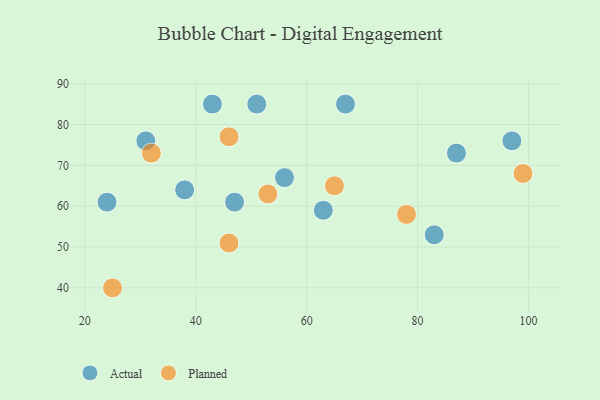
{"axis": {"x": "GDP", "y": "Life Expectancy"}, "legend": ["Actual", "Planned"], "data": [{"x": "38", "y": 64, "type": "Actual"}, {"x": "56", "y": 67, "type": "Actual"}, {"x": "67", "y": 85, "type": "Actual"}, {"x": "51", "y": 85, "type": "Actual"}, {"x": "97", "y": 76, "type": "Actual"}, {"x": "83", "y": 53, "type": "Actual"}, {"x": "87", "y": 73, "type": "Actual"}, {"x": "63", "y": 59, "type": "Actual"}, {"x": "47", "y": 61, "type": "Actual"}, {"x": "43", "y": 85, "type": "Actual"}, {"x": "24", "y": 61, "type": "Actual"}, {"x": "31", "y": 76, "type": "Actual"}, {"x": "25", "y": 40, "type": "Planned"}, {"x": "99", "y": 68, "type": "Planned"}, {"x": "53", "y": 63, "type": "Planned"}, {"x": "32", "y": 73, "type": "Planned"}, {"x": "46", "y": 77, "type": "Planned"}, {"x": "65", "y": 65, "type": "Planned"}, {"x": "78", "y": 58, "type": "Planned"}, {"x": "46", "y": 51, "type": "Planned"}]}